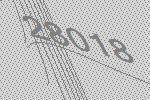
28018